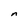
Character: n